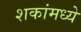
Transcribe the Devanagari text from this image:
शकांमध्ये